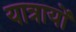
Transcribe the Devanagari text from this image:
यात्रायों